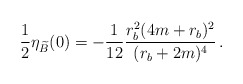
\begin{align*}\frac{1}{2}\eta_{\widetilde B}(0) = -\frac{1}{12}\frac{r_b^2(4m+r_b)^2}{(r_b+2m)^4}\, .\end{align*}